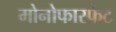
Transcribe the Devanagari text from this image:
मोनोफास्फेट